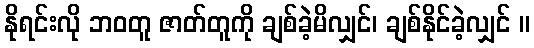
နိုရင်းလို ဘဝတူ ဇာတ်တူကို ချစ်ခဲ့မိလျှင်၊ ချစ်နိုင်ခဲ့လျှင် ။